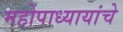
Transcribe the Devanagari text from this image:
महोपाध्यायांचे